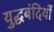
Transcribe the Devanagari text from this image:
युद्घबंदियों